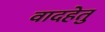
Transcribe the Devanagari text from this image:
वादहेतु